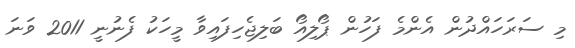
މި ސަރަހައްދުން އެންމެ ފަހުން ޕޯލިއޯ ބަލިޖެހިފައިވާ މީހަކު ފެނުނީ 2011 ވަނަ